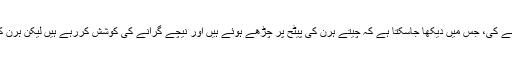
اس حملے کی عکس بندی 53 سالہ فوٹوگرافر کیون رونی نے کی، جس میں دیکھا جاسکتا ہے کہ چیتے ہرن کی پیٹح پر چڑھے ہوئے ہیں اور نیچے گرانے کی کوشش کررہے ہیں لیکن ہرن کسی بھی طرح خود کو کھڑا رکھنے کی کوشش کررہا ہے۔